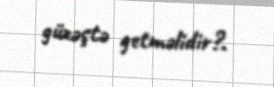
güzəştə getməlidir?.